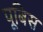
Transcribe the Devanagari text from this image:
पूबिस